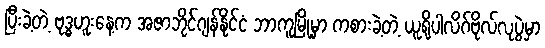
ပြီးခဲ့တဲ့ ဗုဒ္ဓဟူးနေ့က အဇာဘိုင်ဂျန်နိုင်ငံ ဘာကူမြို့မှာ ကစားခဲ့တဲ့ ယူရိုပါလိဂ်ဗိုလ်လုပွဲမှာ